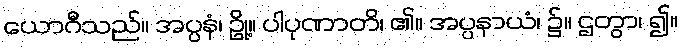
ယောဂီသည်။ အပ္ပနံ၊ ဥို့။ ပါပုဏာတိ၊ ၏။ အပ္ပနာယံ၊ ၌။ ဌတွာ၊ ၍။